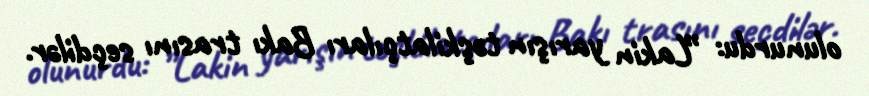
olunurdu: ”Lakin yarışın təşkilatçıları Bakı trasını seçdilər.